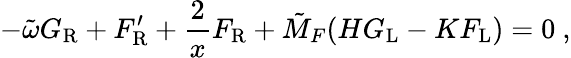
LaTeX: -\tilde{\omega}G_{\mathrm{R}}+F_{\mathrm{R}}^{\prime}+\frac{2}{x}F_{\mathrm{R}}+\tilde{M}_{F}(HG_{\mathrm{L}}-KF_{\mathrm{L}})=0\ ,